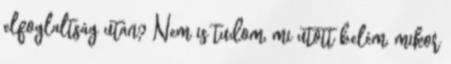
elfoglaltság után? Nem is tudom, mi ütött belém, mikor